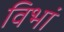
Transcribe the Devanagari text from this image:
विभां